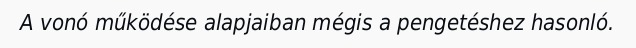
A vonó működése alapjaiban mégis a pengetéshez hasonló.